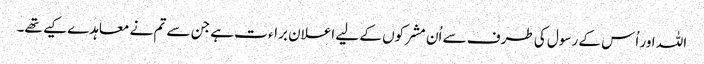
اللہ اور اُس کے رسول کی طرف سے اُن مشرکوں کے لیے اعلان براء ت ہے جن سے تم نے معاہدے کیے تھے۔